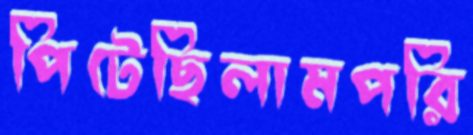
পিটেছিলামপরি